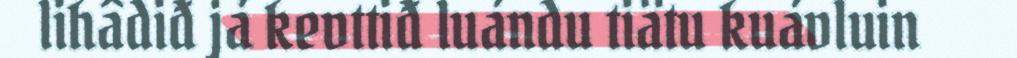
lihâdiđ já kevttiđ luándu tiätu kuávluin